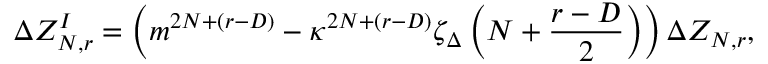
\Delta Z _ { N , r } ^ { I } = \left( m ^ { 2 N + ( r - D ) } - \kappa ^ { 2 N + ( r - D ) } \zeta _ { \Delta } \left( N + \frac { r - D } { 2 } \right) \right) \Delta Z _ { N , r } ,